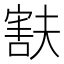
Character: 㝬